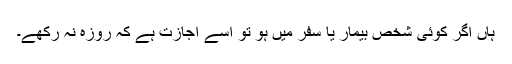
ہاں اگر کوئی شخص بیمار یا سفر میں ہو تو اسے اجازت ہے کہ روزہ نہ رکھے۔